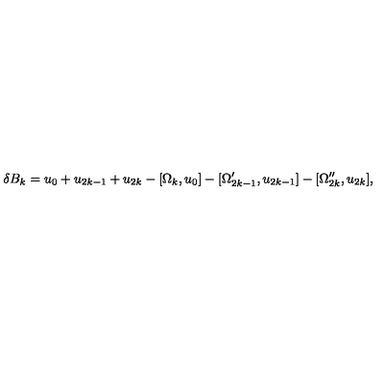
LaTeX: \delta B _ { k } = u _ { 0 } + u _ { 2 k - 1 } + u _ { 2 k } - [ \Omega _ { k } , u _ { 0 } ] - [ \Omega _ { 2 k - 1 } ^ { \prime } , u _ { 2 k - 1 } ] - [ \Omega _ { 2 k } ^ { \prime \prime } , u _ { 2 k } ] ,